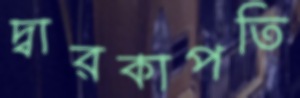
দ্বারকাপতি